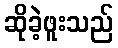
ဆိုခဲ့ဖူးသည်